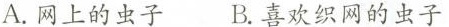
A.网上的虫子 B.喜欢织网的虫子